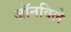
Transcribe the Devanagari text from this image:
जॉनविले